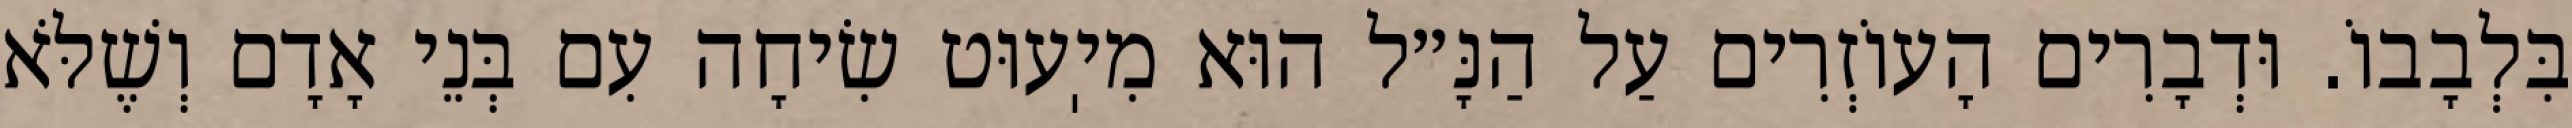
בִּלְבָבוֹ. וּדְבָרִים הָעוֹזְרִים עַל הַנָּ״ל הוּא מִיֽעוּט שִׂיחָה עִם בְּנֵי אָדָם וְשֶׁלֹּא